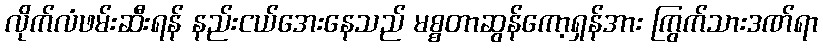
လိုက်လံဖမ်းဆီးရန် နည်းငယ်အေးနေသည် မစ္စတာဆွန်ကော့ရှန်အား ကြွက်သားဒဏ်ရာ